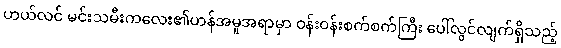
ဟယ်လင် မင်းသမီးကလေး၏ဟန်အမူအရာမှာ ဝန်းဝန်းစက်စက်ကြီး ပေါ်လွင်လျက်ရှိသည့်